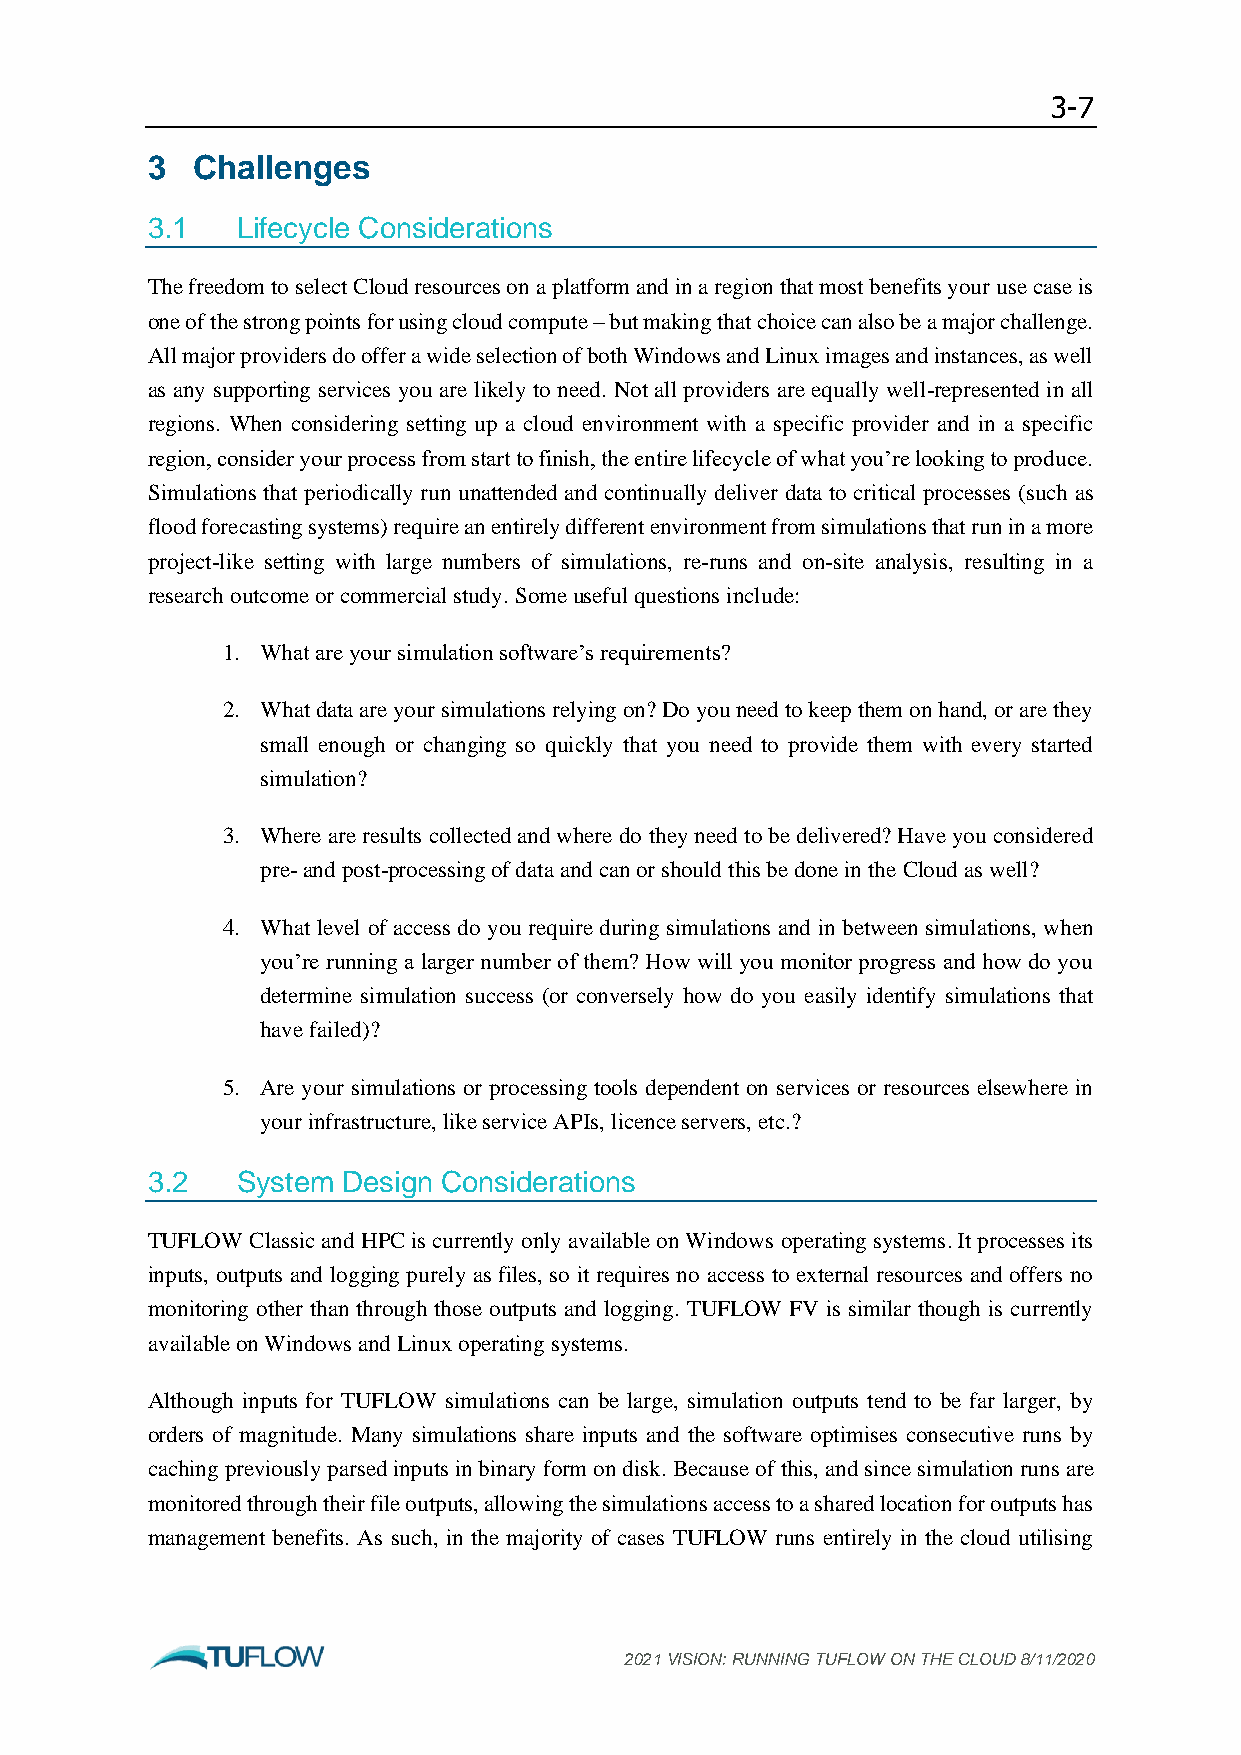
3-7
 3  Challenges
 3.1   Lifecycle Considerations
 The freedom to select Cloud resources on a platform and in a region that most benefits your use case is
 one of the strong points for using cloud compute – but making that choice can also be a major challenge.
 All major providers do offer a wide selection of both Windows and Linux images and instances, as well
 as any supporting services you are likely to need. Not all providers are equally well-represented in all
 regions. When considering setting up a cloud environment with a specific provider and in a specific
 region, consider your process from start to finish, the entire lifecycle of what you’re looking to produce.
 Simulations that periodically run unattended and continually deliver data to critical processes (such as
 flood forecasting systems) require an entirely different environment from simulations that run in a more
 project-like setting with large numbers of simulations, re-runs and on-site analysis, resulting in a
 research outcome or commercial study. Some useful questions include:
 1. What are your simulation software’s requirements?
 2. What data are your simulations relying on? Do you need to keep them on hand, or are they
 small enough or changing so quickly that you need to provide them with every started
 simulation?
 3. Where are results collected and where do they need to be delivered? Have you considered
 pre- and post-processing of data and can or should this be done in the Cloud as well?
 4. What level of access do you require during simulations and in between simulations, when
 you’re running a larger number of them? How will you monitor progress and how do you
 determine simulation success (or conversely how do you easily identify simulations that
 have failed)?
 5. Are your simulations or processing tools dependent on services or resources elsewhere in
 your infrastructure, like service APIs, licence servers, etc.?
 3.2   System Design Considerations
 TUFLOW Classic and HPC is currently only available on Windows operating systems. It processes its
 inputs, outputs and logging purely as files, so it requires no access to external resources and offers no
 monitoring other than through those outputs and logging. TUFLOW FV is similar though is currently
 available on Windows and Linux operating systems.
 Although inputs for TUFLOW simulations can be large, simulation outputs tend to be far larger, by
 orders of magnitude. Many simulations share inputs and the software optimises consecutive runs by
 caching previously parsed inputs in binary form on disk. Because of this, and since simulation runs are
 monitored through their file outputs, allowing the simulations access to a shared location for outputs has
 management benefits. As such, in the majority of cases TUFLOW runs entirely in the cloud utilising
 2021 VISION: RUNNING TUFLOW ON THE CLOUD 8/11/2020